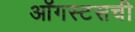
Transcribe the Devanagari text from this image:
ऑगस्टसची